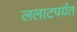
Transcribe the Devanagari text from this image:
ललाटपर्यंत